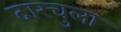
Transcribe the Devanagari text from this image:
दारचुला